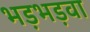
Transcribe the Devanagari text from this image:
भड़भड़वा